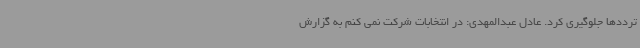
ترددها جلوگیری کرد. عادل عبدالمهدی: در انتخابات شرکت نمی کنم به گزارش